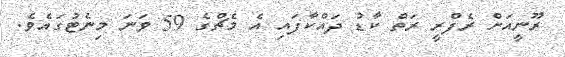
ރޫނީއަށް ރެފްރީ ރަތް ކާޑު ދައްކާފައި އެ މެޗްގެ 59 ވަނަ މިނެޓުގައެވެ.